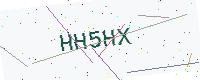
Text: HH5HX